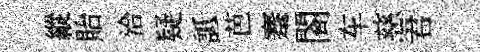
縱貽洽疑詆芭蹇閤车慈君